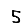
Digit: 5